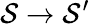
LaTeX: \mathcal{S}\rightarrow\mathcal{S}^{\prime}